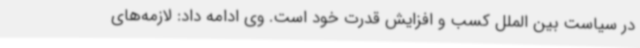
در سیاست بین الملل کسب و افزایش قدرت خود است. وی ادامه داد: لازمه‌های